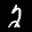
Label: 2